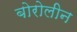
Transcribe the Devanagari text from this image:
बोरोलीन